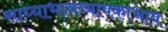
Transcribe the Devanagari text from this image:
साध्याभावव्यापकाभाव